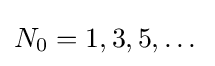
N_{0}=1,3,5,\dots